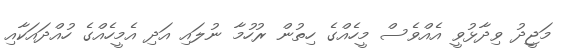
މަޖީދު ވިދާޅުވީ އެއްވެސް މީހެއްގެ ހިތުން ރުހުމާ ނުލައި އަދި އެމީހެއްގެ ހުއްދައަކާއި